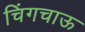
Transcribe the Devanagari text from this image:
चिंगचाऊ